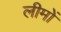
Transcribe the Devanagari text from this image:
लीमों